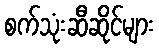
စက်သုံးဆီဆိုင်များ